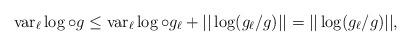
LaTeX: \begin{align*}{\rm var}_\ell\log\circ g\leq {\rm var}_\ell\log\circ g_\ell+||\log(g_\ell/g)||=||\log(g_\ell/g)||,\end{align*}